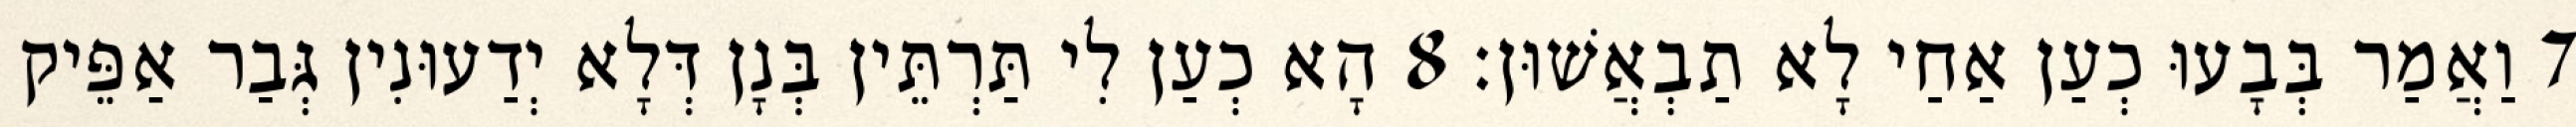
7 וַאֲמַר בְּבָעוּ כְעַן אַחַי לָא תַבְאֲשׁוּן׃ 8 הָא כְעַן לִי תַּרְתֵּין בְּנָן דְּלָא יְדַעוּנִין גְּבַר אַפֵּיק